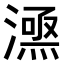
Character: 𣾎